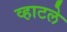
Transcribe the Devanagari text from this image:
व्हाटले